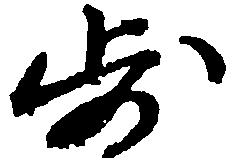
歩